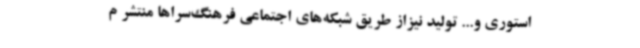
استوری و... تولید نیزاز طریق شبکه‌های اجتماعی فرهنگ‌سراها منتشر م